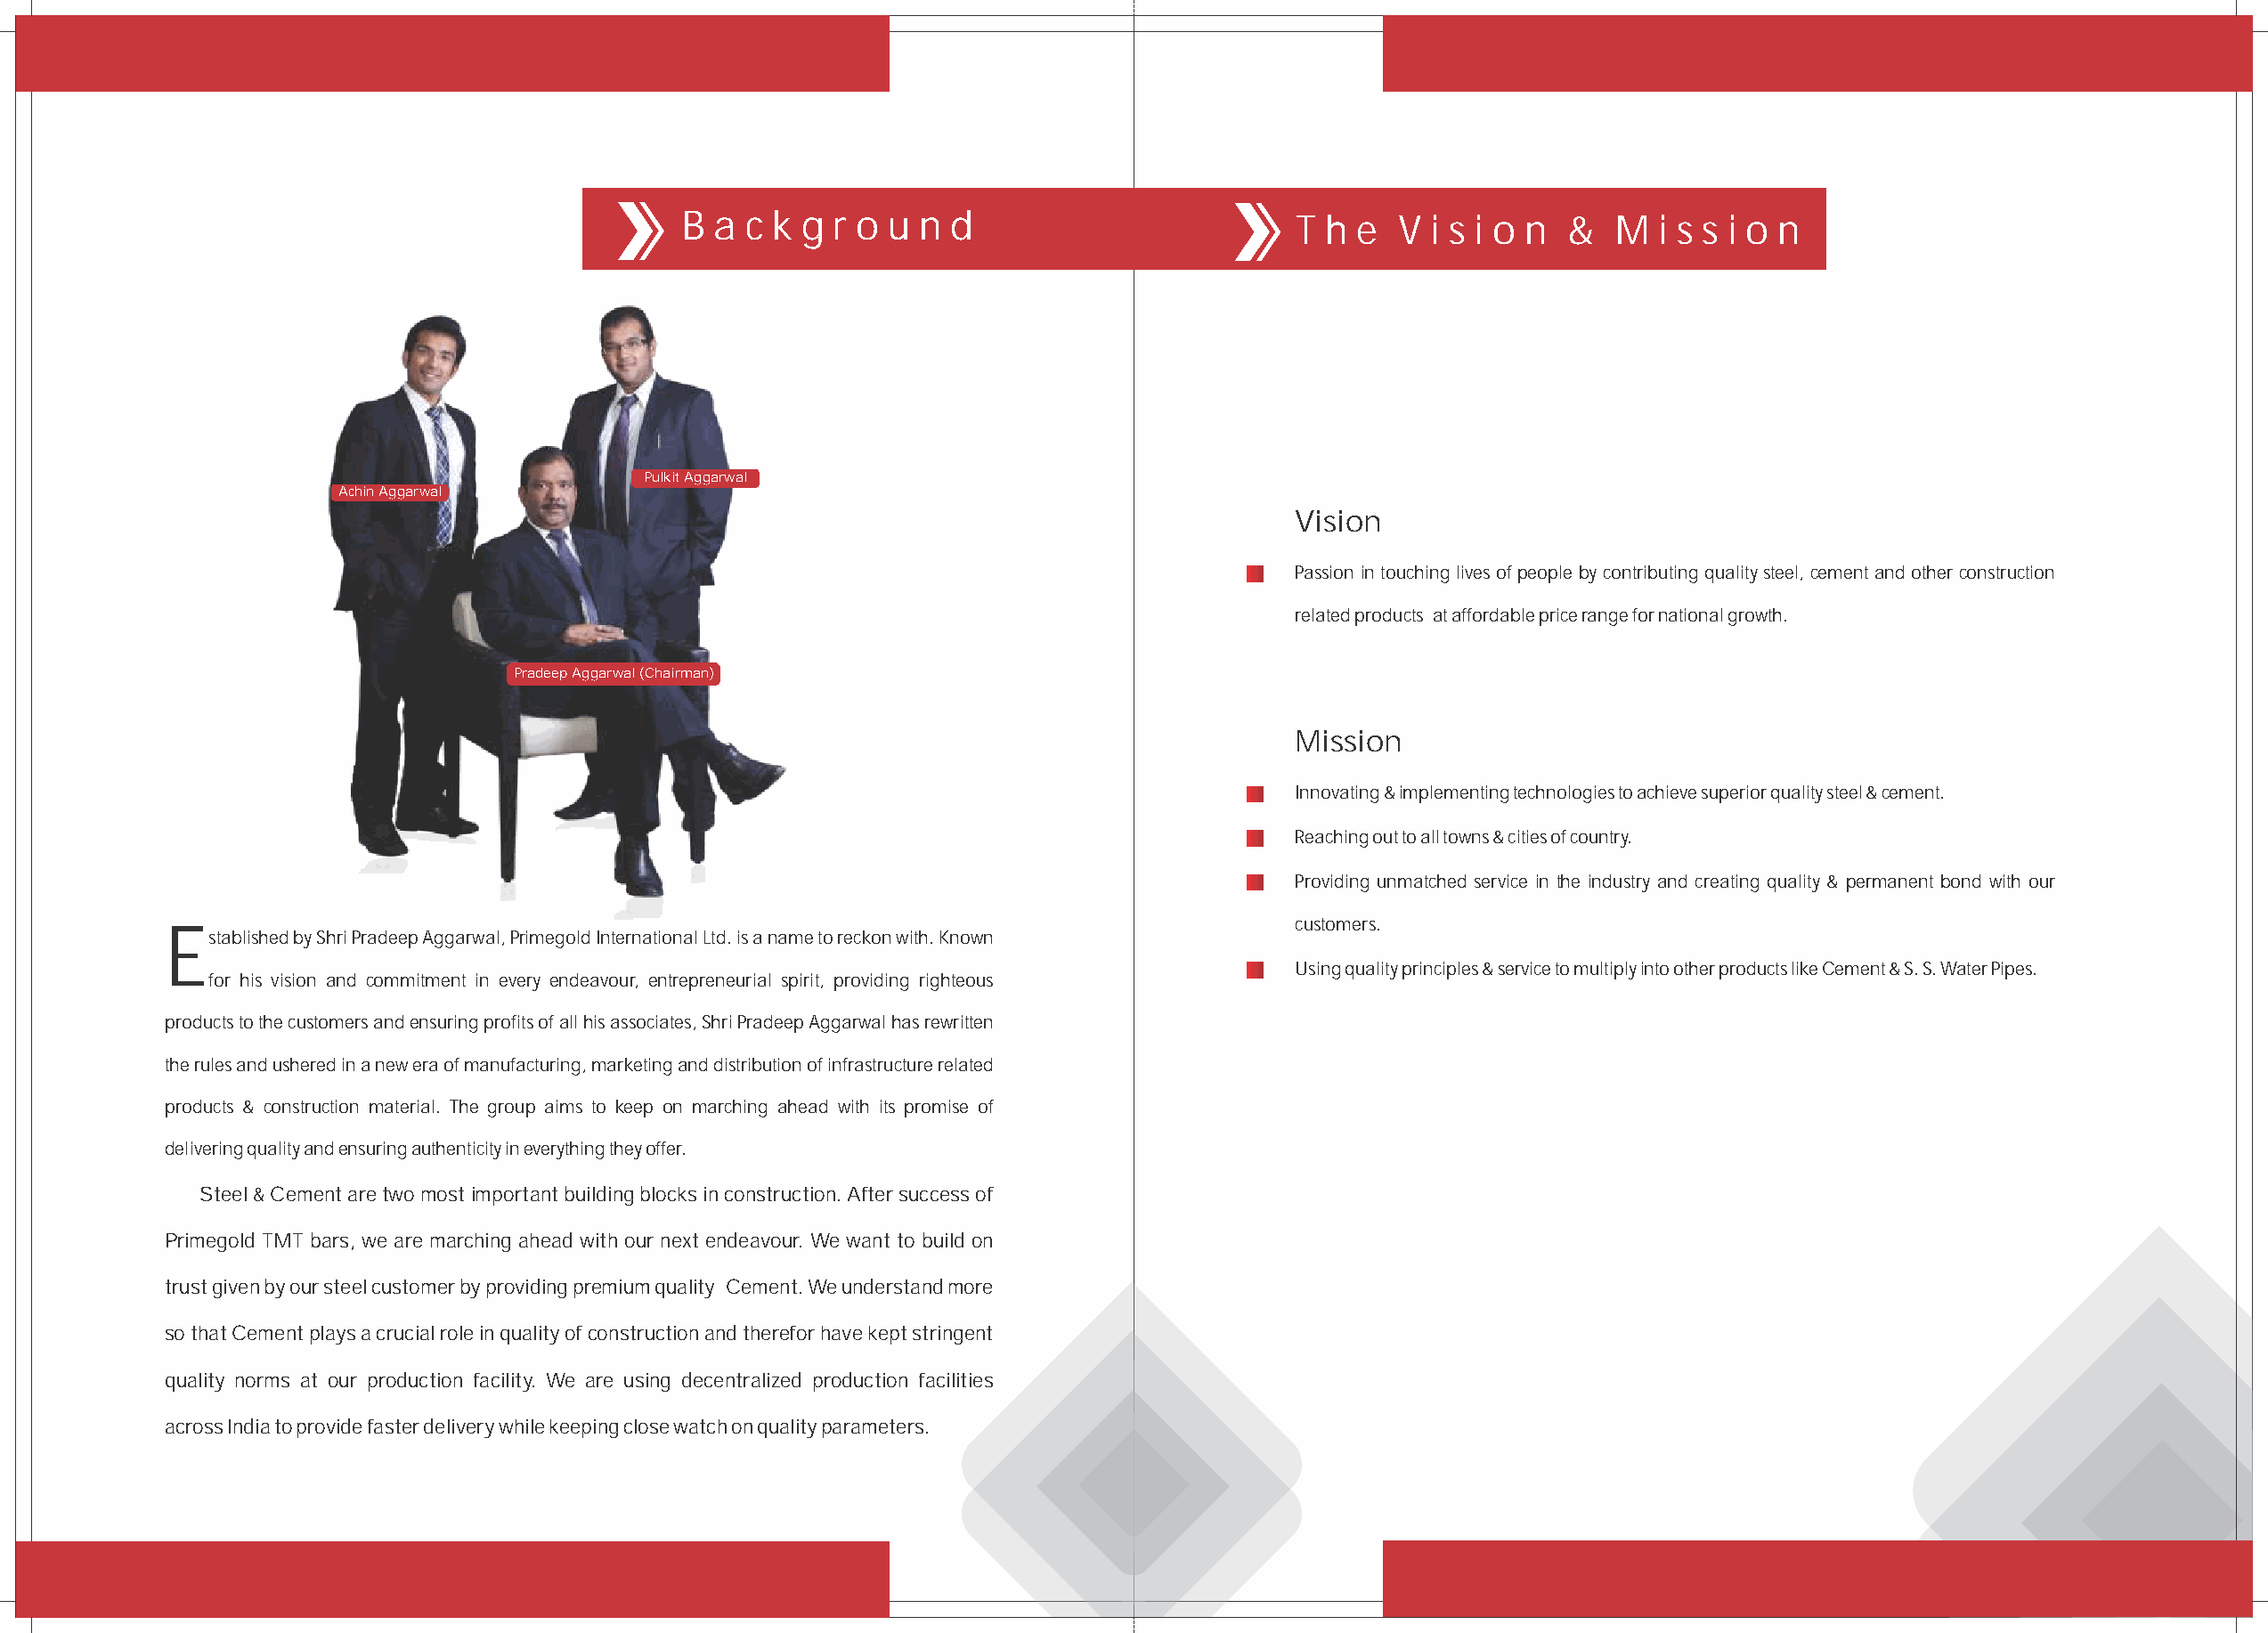
B a c k  g r o u n  d                        T h  e  V i s i o n  &  M  i s s i o n
 Pulkit Aggarwal
 Achin Aggarwal
 Vision
 Passion in touching lives of people by contributing quality steel, cement and other construction
 related products at affordable price range for national growth.
 Pradeep Aggarwal (Chairman)
 Mission
 Innovating & implementing technologies to achieve superior quality steel & cement.
 Reaching out to all towns & cities of country.
 Providing unmatched service in the industry and creating quality & permanent bond with our
 customers.
 E
 stablished by Shri Pradeep Aggarwal, Primegold International Ltd. is a name to reckon with. Known
 Using quality principles & service to multiply into other products like Cement & S. S. Water Pipes.
 for his vision and commitment in every endeavour, entrepreneurial spirit, providing righteous
 products to the customers and ensuring profits of all his associates, Shri Pradeep Aggarwal has rewritten
 the rules and ushered in a new era of manufacturing, marketing and distribution of infrastructure related
 products & construction material. The group aims to keep on marching ahead with its promise of
 delivering quality and ensuring authenticity in everything they offer.
 Steel & Cement are two most important building blocks in construction. After success of
 Primegold TMT bars, we are marching ahead with our next endeavour. We want to build on
 trust given by our steel customer by providing premium quality Cement. We understand more
 so that Cement plays a crucial role in quality of construction and therefor have kept stringent
 quality norms at our production facility. We are using decentralized production facilities
 across India to provide faster delivery while keeping close watch on quality parameters.